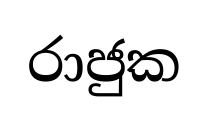
රාජුක